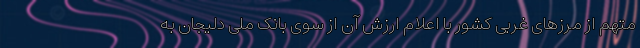
متهم از مرزهای غربی کشور با اعلام ارزش آن از سوی بانک ملی دلیجان به